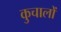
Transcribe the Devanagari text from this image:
कुचालों